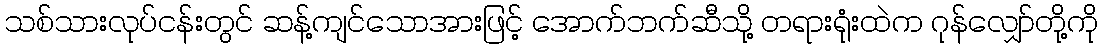
သစ်သားလုပ်ငန်းတွင် ဆန့်ကျင်သောအားဖြင့် အောက်ဘက်ဆီသို့ တရားရုံးထဲက ဂုန်လျှော်တို့ကို